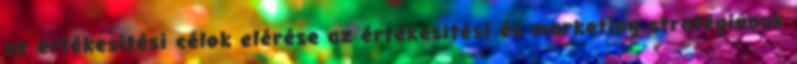
az értékesítési célok elérése az értékesítési és marketing stratégiának